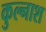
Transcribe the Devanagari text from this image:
कुल्नाश